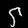
Label: 5